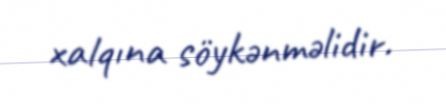
xalqına söykənməlidir.